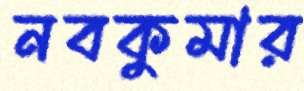
নবকুমার